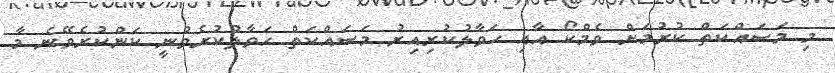
މި މަސައްކަތް ކުރުމަށް ވެމްކޯ އާއި ހަވާލުކުރިއިރު މަސައްކަތް ހަވާލުކުރެވުނީ ކަންކުރެވޭނެ މާ